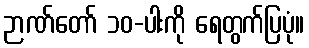
ဉာဏ်တော် ၁၀-ပါးကို ရေတွက်ပြပုံ။